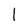
Character: 1